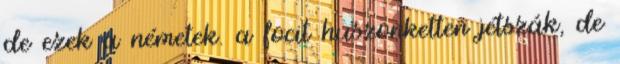
de ezek a németek. a focit huszonketten jétszák, de